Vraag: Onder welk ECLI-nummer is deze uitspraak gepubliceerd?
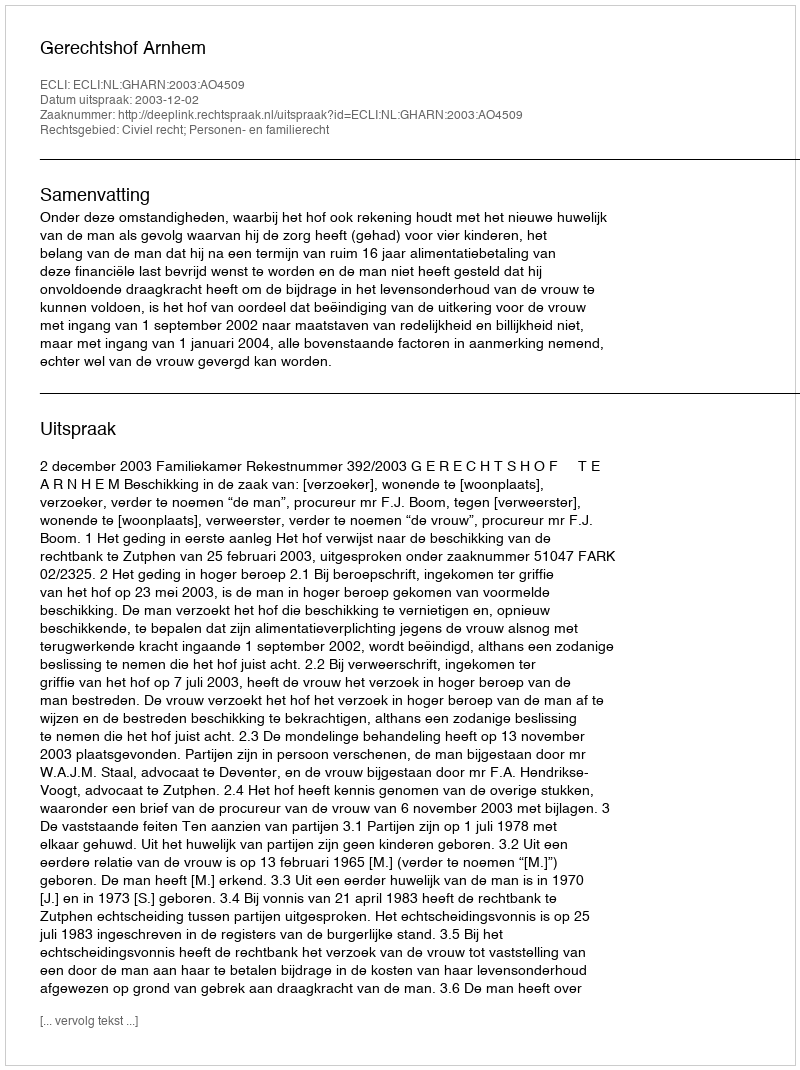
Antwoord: ECLI:NL:GHARN:2003:AO4509